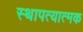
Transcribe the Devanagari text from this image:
स्थापत्यात्मक